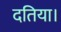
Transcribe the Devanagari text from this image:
दतिया।